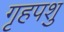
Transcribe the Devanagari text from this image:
गृहपशु